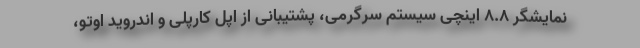
نمایشگر 8.8 اینچی سیستم سرگرمی، پشتیبانی از اپل کارپلی و اندروید اوتو،